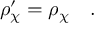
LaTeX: \rho _ { \chi } ^ { \prime } = \rho _ { \chi } \quad .